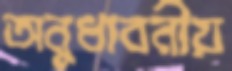
অনুধাবনীয়